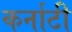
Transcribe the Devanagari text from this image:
कर्नाटी